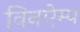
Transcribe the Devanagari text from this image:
विनऐम्प